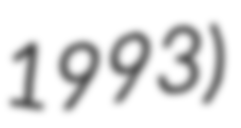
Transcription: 1993)